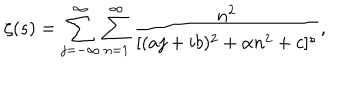
LaTeX: \zeta ( s ) = \sum _ { j = - \infty } ^ { \infty } \sum _ { n = 1 } ^ { \infty } { \frac { n ^ { 2 } } { [ ( a j + i b ) ^ { 2 } + \alpha n ^ { 2 } + c ] ^ { s } } } ,